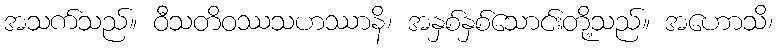
အသက်သည်။ ဝီသတိဝဿသဟဿာနိ၊ အနှစ်နှစ်သောင်းတို့သည်။ အဟောသိ၊